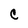
Character: C